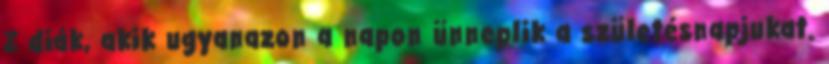
2 diák, akik ugyanazon a napon ünneplik a születésnapjukat.